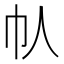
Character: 𫶾